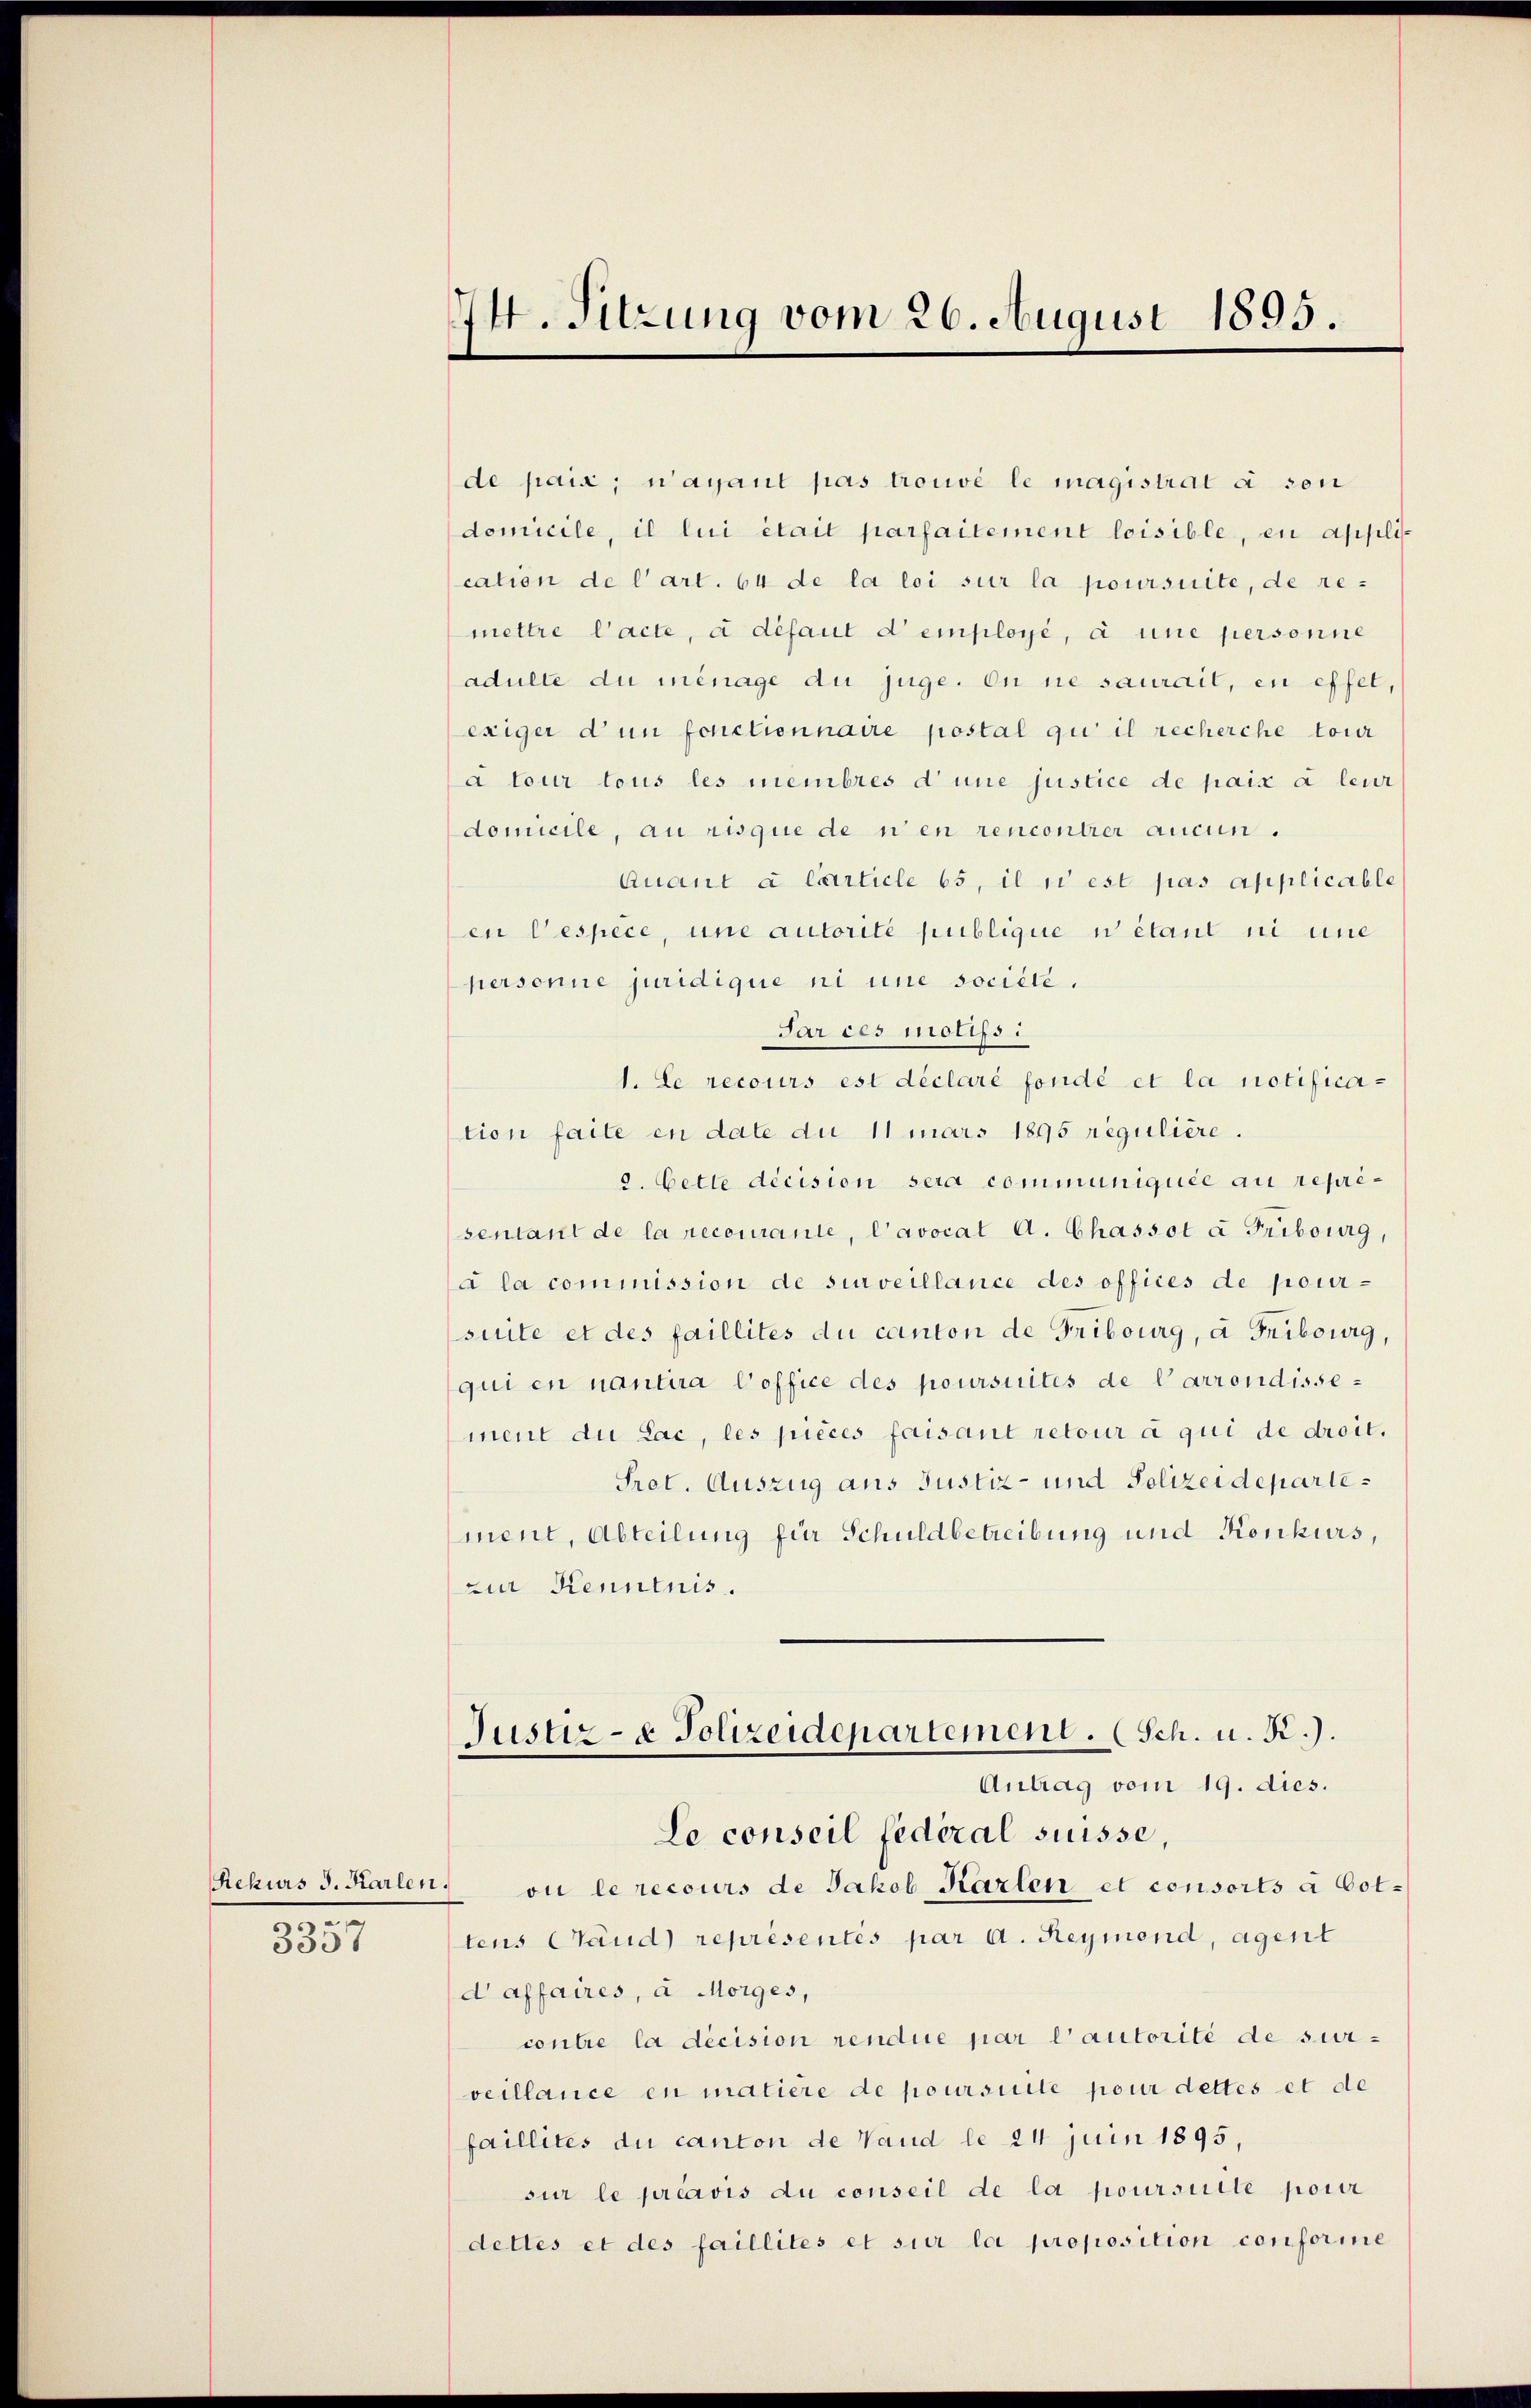
Rekurs J. Karlen.
3357

44. Sitzung vom 26. August 1895.

de paix; wayant pas trouvé le magistrat à son
domicile, il lui était parfaitement loisible, en application de l’art. 64 de la loi sur la poursuite, de remettre l’acte, à défaut d’employé, à une personne
adulte du ménage du juge. On ne saurail, en effet,
exiger d un fonctionnaire postal qui il recherche tour
à tour tous les membres d’une justice de paix à leur
domicile, au risque de ni en rencontier aucun.
Quant à Carticle 65, il si est pas applicable
en Despèce, une autorité publique n étant ni eine
personne juridique ni une societe.
Par ces motifs.
1. Le recours est déclaré fondé et la notification faite en date du 11 mars 1895 regulière.
2. Cette décision sera communiquée au reprisentant de la recourante, l’avocat A. Chassot à Fribourg,
à la commission de surveillance des offices de pour-
suite et des faillites du canton de Fribourg, à Fribourg,
qui en nantira Coffice des poursuites de l’arrondissement du Lac, les pièces faisant retour à qui de droit.
Sret. Auszug aus Justiz- und Polizeidepartement, Abteilung für Schuldbetreibung und Konkurs,
zur Kenntnis.
Justiz- & Polizeidepartement. (Sch. u. R.).
Antrag vom 19. dies.
Le conseil fédéral suisse,
ou le recours de Jakob Karlen et consorts à Cottens Cand) représentés par a. Reymond, agent
d affaires, à Morges,
contre la décision rendue par l’autorité de sur-
veillance en matiere de poursuite pour dettes et de
faillites du canton de Wand le 24 Juin 1895,
sur le préavis du conseil de la poursuite pour
dettes et des faillités et sur la proposition conforine